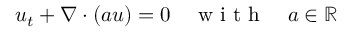
u _ { t } + \nabla \cdot ( a u ) = 0 \quad \mathrm { ~ w ~ i ~ t ~ h ~ } \quad a \in \mathbb { R }